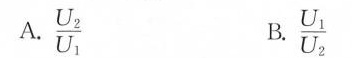
A.\frac{U_{2}}{U_{1}} B.\frac{U_{1}}{U_{2}}